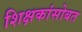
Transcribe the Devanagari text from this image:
शिक्षकांसोबत